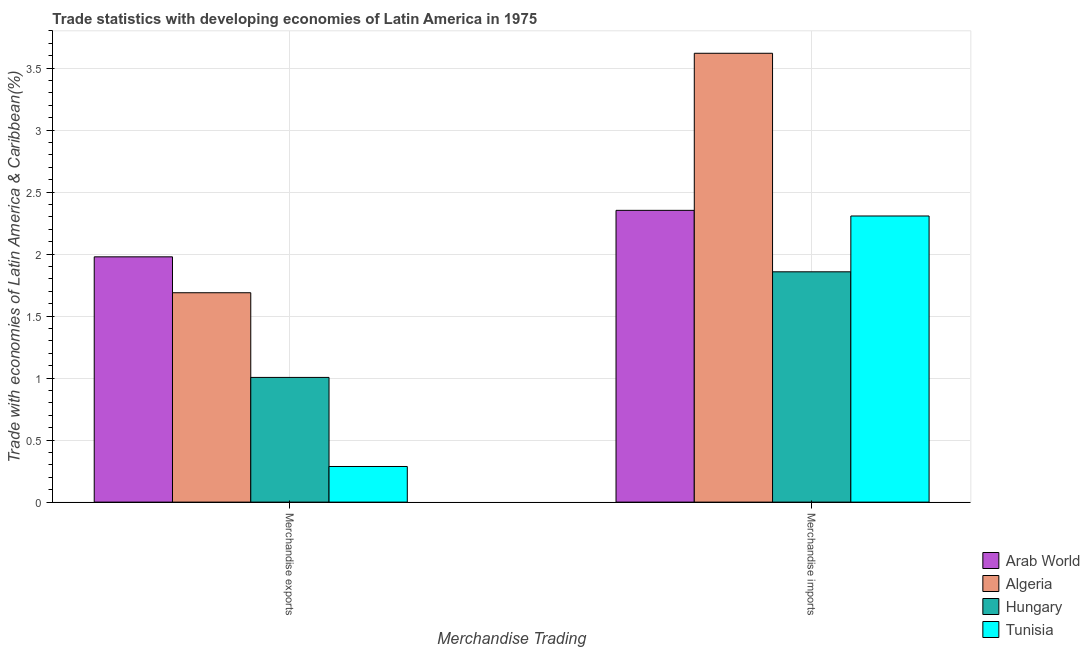
| Merchandise Trading | Arab World | Algeria | Hungary | Tunisia |
 | --- | --- | --- | --- | --- |
 | Merchandise exports | 1.98 | 1.69 | 1.01 | 0.287 |
 | Merchandise imports | 2.35 | 3.62 | 1.86 | 2.31 |